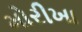
મોરીખા